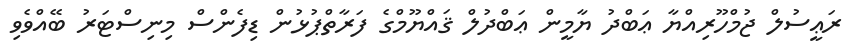
ރަޢީސުލް ޖުމްހޫރިއްޔާ ޢަބްދު ޔާމީން ޢަބްދުލް ޤައްޔޫމްގެ ފަރާތްޕުޅުން ޑިފެންސް މިނިސްޓަރު ބޭއްވެވި